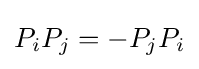
P_{i}P_{j}=-P_{j}P_{i}